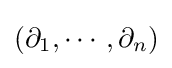
(\partial _{1},\cdots ,\partial _{n})